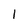
Character: I